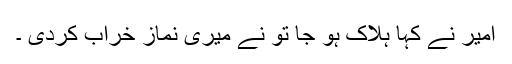
امیر نے کہا ہلاک ہو جا تو نے میری نماز خراب کردی ۔